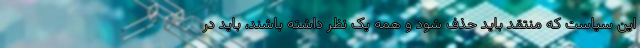
این سیاست که منتقد باید حذف شود و همه یک نظر داشته باشند، باید در